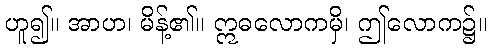
ဟူ၍။ အာဟ၊ မိန့်၏။ ဣဓလောကမှိ၊ ဤလောက၌။